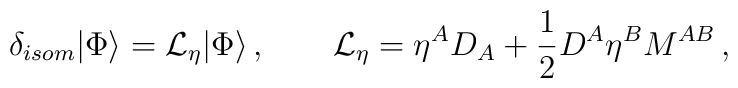
\delta_{isom}|\Phi\rangle = {\cal L}_\eta|\Phi\rangle\,,\qquad{\cal L}_\eta=\eta^AD_A+\frac{1}{2}D^A\eta^B M^{AB}\,,